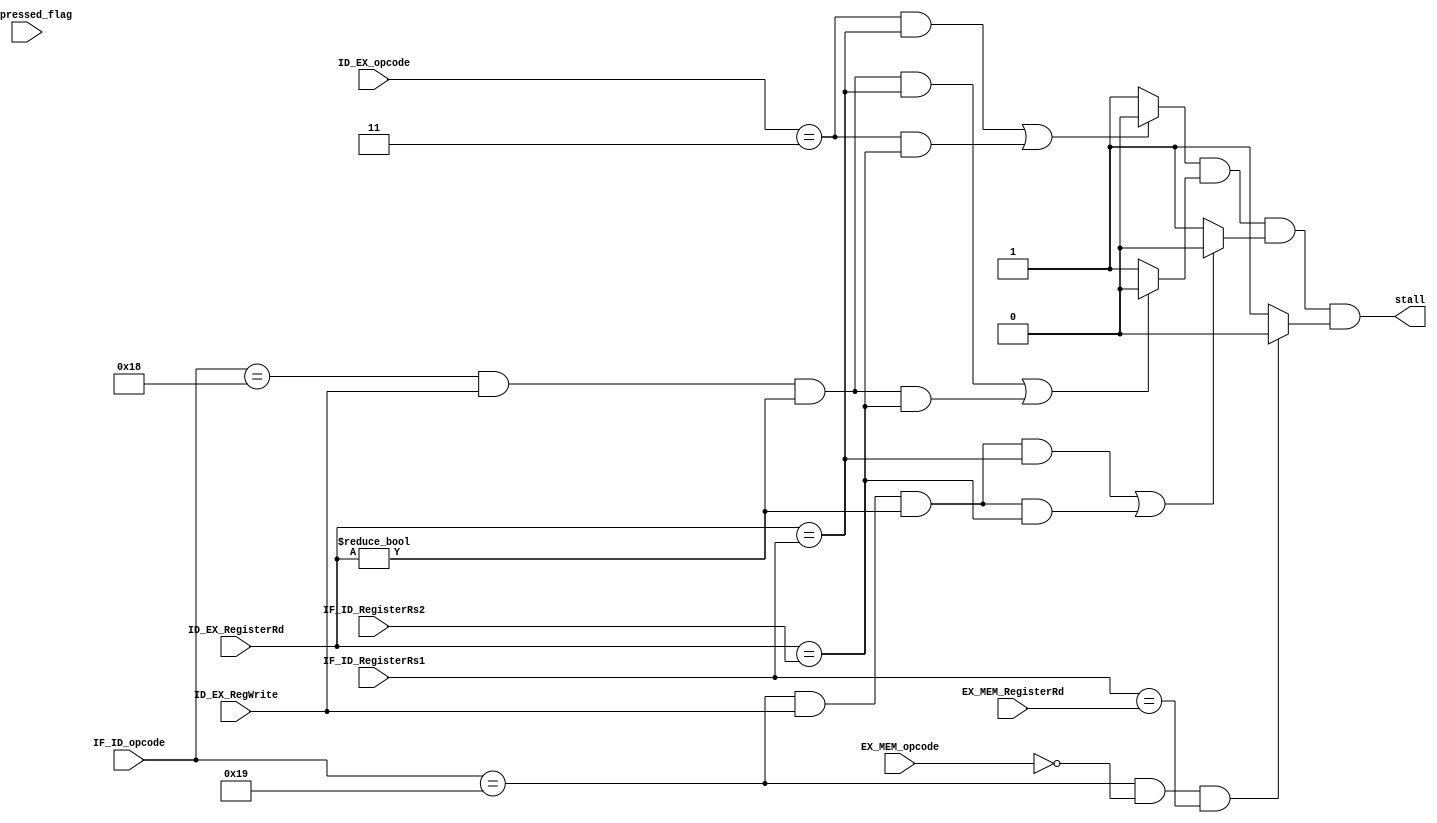
module hazard_detection_unit (

input ID_EX_RegWrite,compressed_flag,
input [4:0]ID_EX_RegisterRd,IF_ID_RegisterRs1,IF_ID_RegisterRs2,IF_ID_opcode,EX_MEM_opcode,EX_MEM_RegisterRd,
input [6:0]ID_EX_opcode,
output stall


);

wire stall_lw,stall_branch,stall_lw_comp,stall_jalr_lw;

assign stall_lw =  (  (ID_EX_opcode == 7'd3  &&  ID_EX_RegisterRd == IF_ID_RegisterRs1)    // dependency: inst after load -> rs1 
					||(ID_EX_opcode == 7'd3  &&  ID_EX_RegisterRd == IF_ID_RegisterRs2 )   // dependency: inst after load -> rs2
				   )? 1'b0: 1'b1; 

assign stall_branch = (   (IF_ID_opcode == 5'd24  && ID_EX_RegWrite && ID_EX_RegisterRd != 5'd0 &&  ID_EX_RegisterRd == IF_ID_RegisterRs1 ) // dependency: inst before branch -> rs1 
					   || (IF_ID_opcode == 5'd24  && ID_EX_RegWrite && ID_EX_RegisterRd != 5'd0 &&  ID_EX_RegisterRd == IF_ID_RegisterRs2 ) // dependency: inst before branch -> rs2 
					  )? 1'b0:1'b1;
 
assign stall_jalr = (     (IF_ID_opcode == 5'd25  && ID_EX_RegWrite && ID_EX_RegisterRd != 5'd0 && ID_EX_RegisterRd == IF_ID_RegisterRs1 ) // dependency: inst before branch -> rs1 
					   || (IF_ID_opcode == 5'd25  && ID_EX_RegWrite && ID_EX_RegisterRd != 5'd0 && ID_EX_RegisterRd == IF_ID_RegisterRs2 ) // dependency: inst before branch -> rs2 
					  )? 1'b0:1'b1;

assign stall_jalr_lw = (  IF_ID_opcode == 5'd25  && EX_MEM_opcode == 5'd0 && IF_ID_RegisterRs1 == EX_MEM_RegisterRd  ) 	? 1'b0:1'b1;


assign stall = stall_lw & stall_branch & stall_jalr & stall_jalr_lw;// & stall_lw_comp;
endmodule